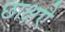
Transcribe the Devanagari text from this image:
छाक्षऐ